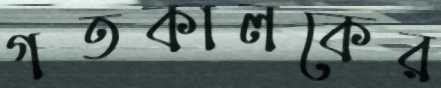
গতকালকের